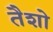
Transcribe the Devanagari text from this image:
तैशो